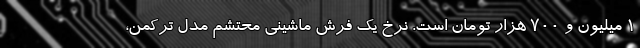
۱ میلیون و ۷۰۰ هزار تومان است. نرخِ یک فرش ماشینی محتشم مدل ترکمن،